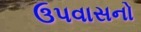
ઉપવાસનો